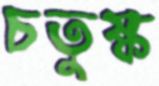
চতুষ্ক